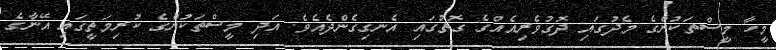
މީހާ މީސްތަކުންގެ މެދުގައި ދޮގުވެރިއެއްގެ ގޮތުގައި އެނގިގެންދެއެވެ. އަދި މީސްތަކުންގެ ކުރިމަތީގައި އޭނާގެ